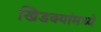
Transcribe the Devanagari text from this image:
खिडक्यांमध्ये